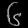
Digit: ၆